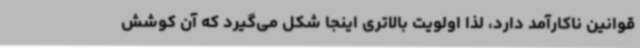
قوانین ناکارآمد دارد، لذا اولویت بالاتری اینجا شکل می‌گیرد که آن کوشش